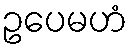
ဥပေမဟံ